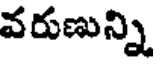
వరుణున్ని